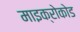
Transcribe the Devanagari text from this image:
माइक्रोकोड